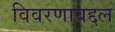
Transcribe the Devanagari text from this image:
विवरणाबद्दल